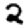
Digit: 2